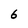
Character: 6